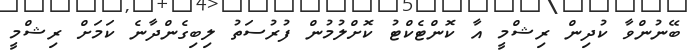
ބޭނުންވާ ކުދިން ރިޝްމީ އާ ކޮންޓެކްޓު ކޮށްލުމުން ފުރުސަތު ލިބިގެންދާނެ ކަމަށް ރިޝްމީ